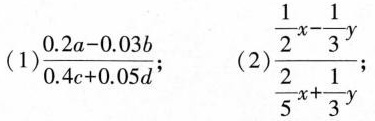
(1)$$\frac{0.2a-0.03b}{0.4c+0.05d}$$;(2) $$\frac{\frac{1}{2}x- \frac{1}{3}y}{5x+ \frac{1}{3}y}y$$